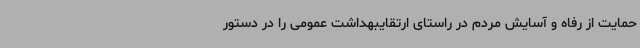
حمایت از رفاه و آسایش مردم در راستای ارتقایبهداشت عمومی را در دستور